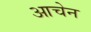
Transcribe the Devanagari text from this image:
आचेन